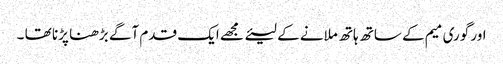
اور گوری میم کے ساتھ ہاتھ ملانے کے لیئے مجھے ایک قدم آگے بڑھنا پڑنا تھا ۔